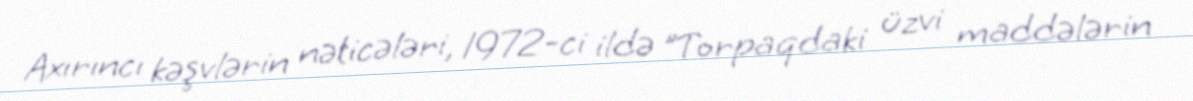
Axırıncı kəşvlərin nəticələri, 1972-ci ildə "Torpaqdaki üzvi maddələrin